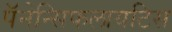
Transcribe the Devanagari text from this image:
पॅनेन्सिफलायटिस